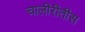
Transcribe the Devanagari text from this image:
चालीरीतीस